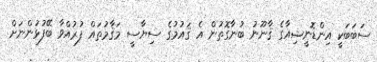
ސަބަބަކީ އިންޑޮނީޝިއާގެ ޤާނޫނު ބުނާގޮތުން އެ ޤައުމުގެ ސިޔާސީ މަޤާމުތައް ފުރުއްވާ ބޭފުޅުންނަށް